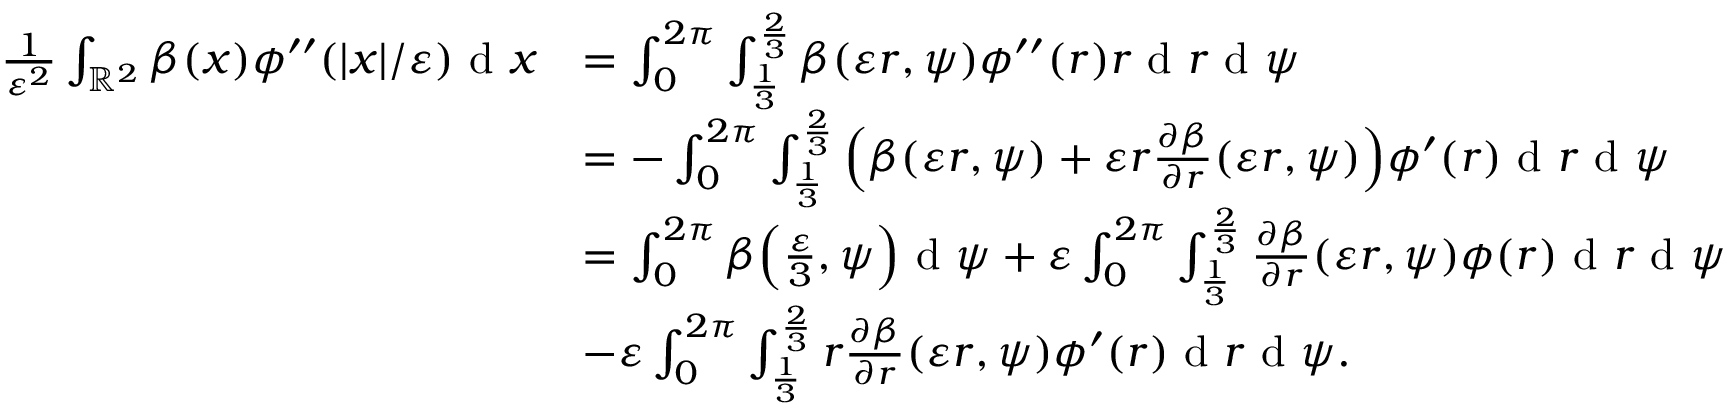
\begin{array} { r l } { \frac { 1 } { \varepsilon ^ { 2 } } \int _ { \mathbb { R } ^ { 2 } } \beta ( x ) \phi ^ { \prime \prime } ( | x | / \varepsilon ) \textrm { d } x } & { = \int _ { 0 } ^ { 2 \pi } \int _ { \frac { 1 } { 3 } } ^ { \frac { 2 } { 3 } } \beta ( \varepsilon r , \psi ) \phi ^ { \prime \prime } ( r ) r \textrm { d } r \textrm { d } \psi } \\ & { = - \int _ { 0 } ^ { 2 \pi } \int _ { \frac { 1 } { 3 } } ^ { \frac { 2 } { 3 } } \Big ( \beta ( \varepsilon r , \psi ) + \varepsilon r \frac { \partial \beta } { \partial r } ( \varepsilon r , \psi ) \Big ) \phi ^ { \prime } ( r ) \textrm { d } r \textrm { d } \psi } \\ & { = \int _ { 0 } ^ { 2 \pi } \beta \Big ( \frac { \varepsilon } { 3 } , \psi \Big ) \textrm { d } \psi + \varepsilon \int _ { 0 } ^ { 2 \pi } \int _ { \frac { 1 } { 3 } } ^ { \frac { 2 } { 3 } } \frac { \partial \beta } { \partial r } ( \varepsilon r , \psi ) \phi ( r ) \textrm { d } r \textrm { d } \psi } \\ & { - \varepsilon \int _ { 0 } ^ { 2 \pi } \int _ { \frac { 1 } { 3 } } ^ { \frac { 2 } { 3 } } r \frac { \partial \beta } { \partial r } ( \varepsilon r , \psi ) \phi ^ { \prime } ( r ) \textrm { d } r \textrm { d } \psi . } \end{array}